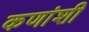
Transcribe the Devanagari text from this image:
कणांशी